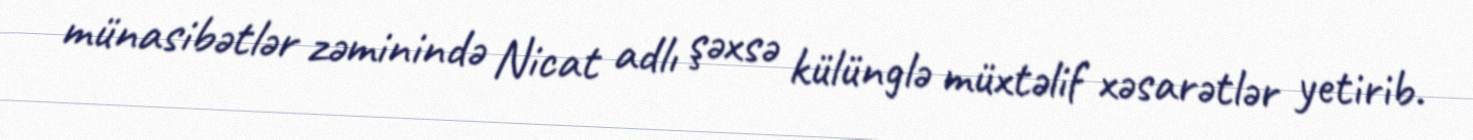
münasibətlər zəminində Nicat adlı şəxsə külünglə müxtəlif xəsarətlər yetirib.